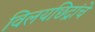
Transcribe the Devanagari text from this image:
विलयछिद्रांचे